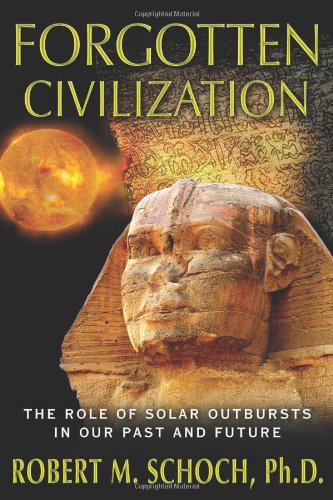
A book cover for Forgotten Civilization: The Role of Solar Outbursts in Our Past and Future; Robert M. Schoch Ph.D.; Science & Math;